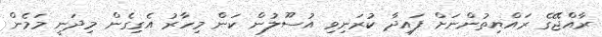
ރާއްޖޭގެ ރައްޔިތުންނަށް ފައިދާ ކުރަނިވި އުސޫލުން ކަން މިހާރު އެގިގެން މިދަނީ މަމެން